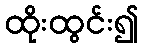
ထိုးထွင်း၍